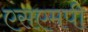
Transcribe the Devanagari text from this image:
एसएमपी